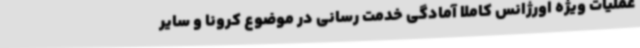
عملیات ویژه‌ اورژانس کاملا آمادگی خدمت رسانی در موضوع کرونا و سایر